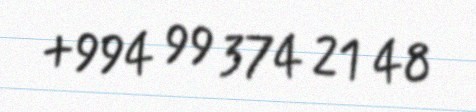
+994 99 374 21 48